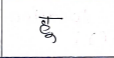
मजकूर: हु